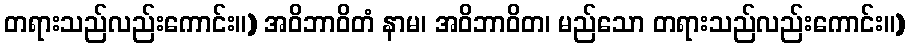
တရားသည်လည်းကောင်း။) အဝိဘာဝိတံ နာမ၊ အဝိဘာဝိတ၊ မည်သော တရားသည်လည်းကောင်း။)